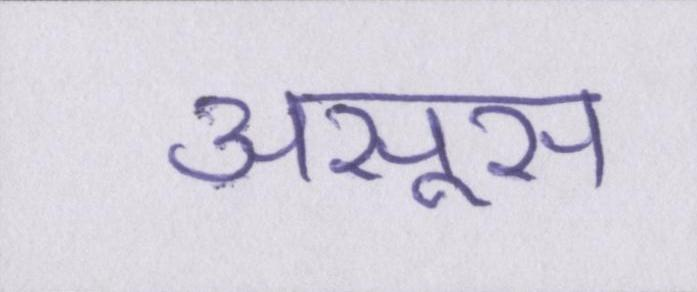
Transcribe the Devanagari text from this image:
असूस